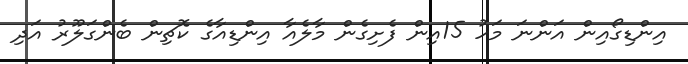
އިންޑިގޯއިން އަންނަ މަހު 15އިން ފެށިގެން މާލެއާ އިންޑިއާގެ ކޮޗިން ބެންގަލޫރު އަދި